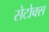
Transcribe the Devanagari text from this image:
सेटोक्स